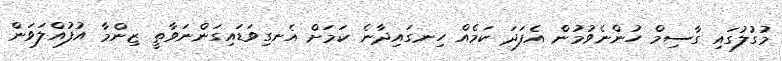
މުގުލުގައި ގާސިމް ހުންނެވުމުން އެފަދަ ކަމެއް ހިނގައިދާނެ ކަމަށް އެނގިވަޑައިގަންނަވާތީ ޒިންމާ އުފުއްލަވަން